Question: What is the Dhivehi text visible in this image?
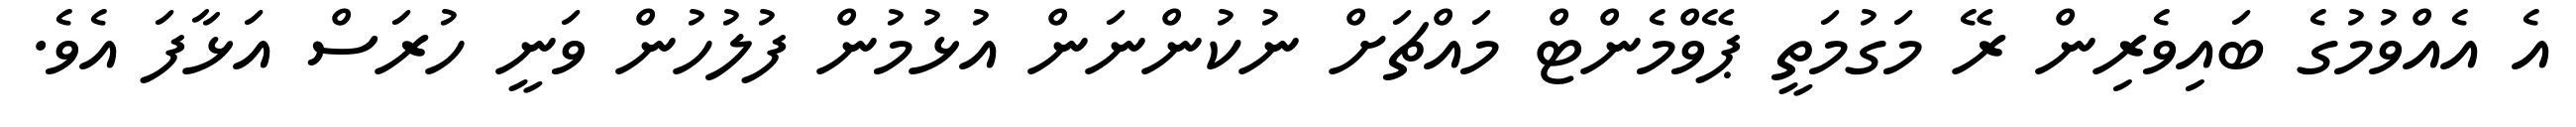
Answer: އެ އެއްވުމުގެ ބައިވެރިން ރޭ މަގުމަތީ ޕޭވްމެންޓް މައްޗަށް ނުކުންނަން އުޅުމުން ފުލުހުން ވަނީ ހުރަސް އަޅާފަ އެވެ.